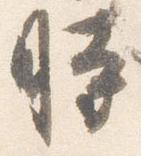
時